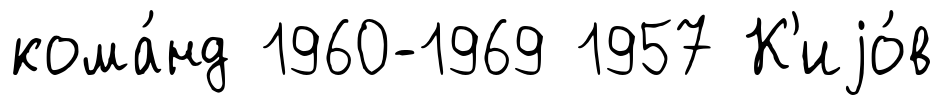
кома́нд 1960-1969 1957 К'иjо́в